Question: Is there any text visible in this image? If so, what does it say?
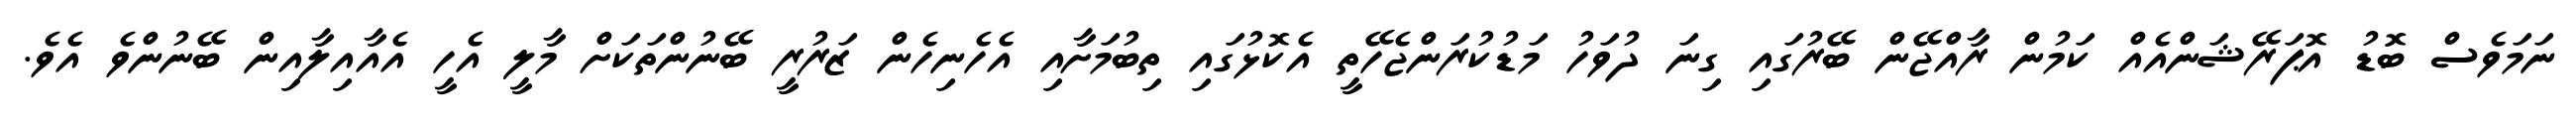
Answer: ނަމަވެސް ބޮޑު އޮޕަރޭޝަންއެއް ކަމުން ރާއްޖޭން ބޭރުގައި ގިނަ ދުވަހު މަޑުކުރަންޖެހޭތީ އެކޮޅުގައި ތިބުމަށާއި އެހެނިހެން ޒަރުރީ ބޭނުންތަކަށް މާލީ އެހީ އެއާއިލާއިން ބޭނުންވެ އެވެ.